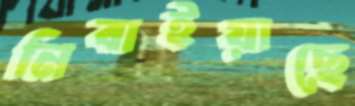
নিবাইয়াছে